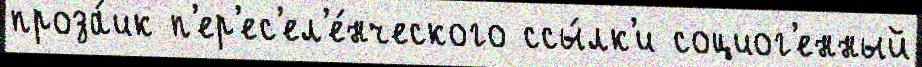
проза́ик п'ер'ес'ел'е́нческого ссы́лк'и социог'енный